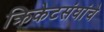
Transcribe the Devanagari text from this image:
क्रिकेटसंघांचे